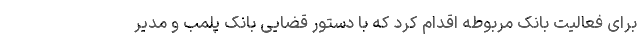
برای فعالیت بانک مربوطه اقدام کرد که با دستور قضایی بانک پلمب و مدیر